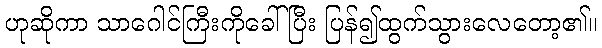
ဟုဆိုကာ သာဂေါင်ကြီးကိုခေါ်ပြီး ပြန်၍ထွက်သွားလေတော့၏။